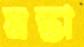
মন্তা